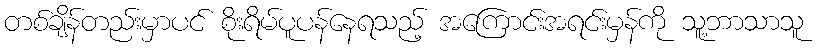
တစ်ချိန်တည်းမှာပင် စိုးရိမ်ပူပန်နေရသည့် အကြောင်းအရင်းမှန်ကို သူ့ဘာသာသူ